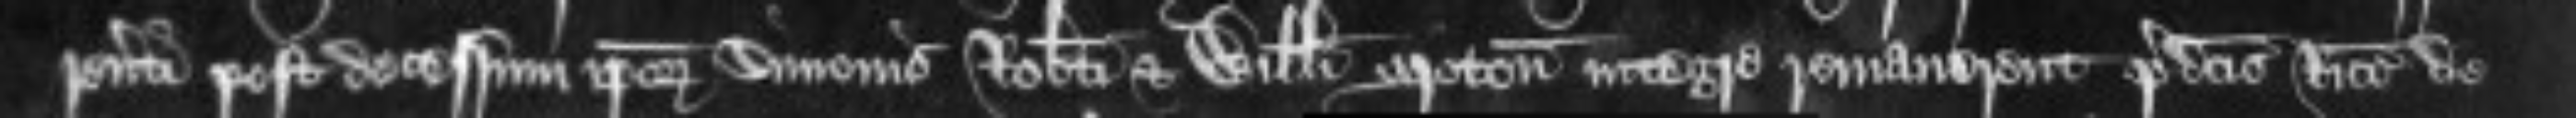
reverti post decessum ipsorum Simonis Roberti et Willelmi Moton integre remanerent predictis Ricardo de